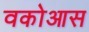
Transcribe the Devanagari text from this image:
वकोआस